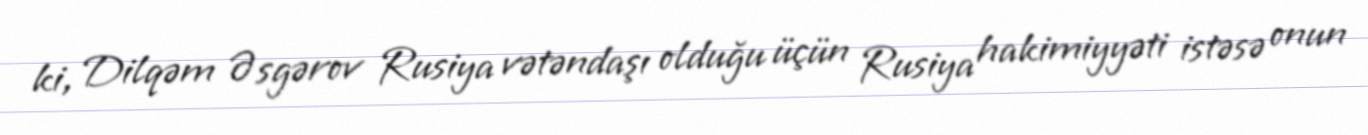
ki, Dilqəm Əsgərov Rusiya vətəndaşı olduğu üçün Rusiya hakimiyyəti istəsə onun